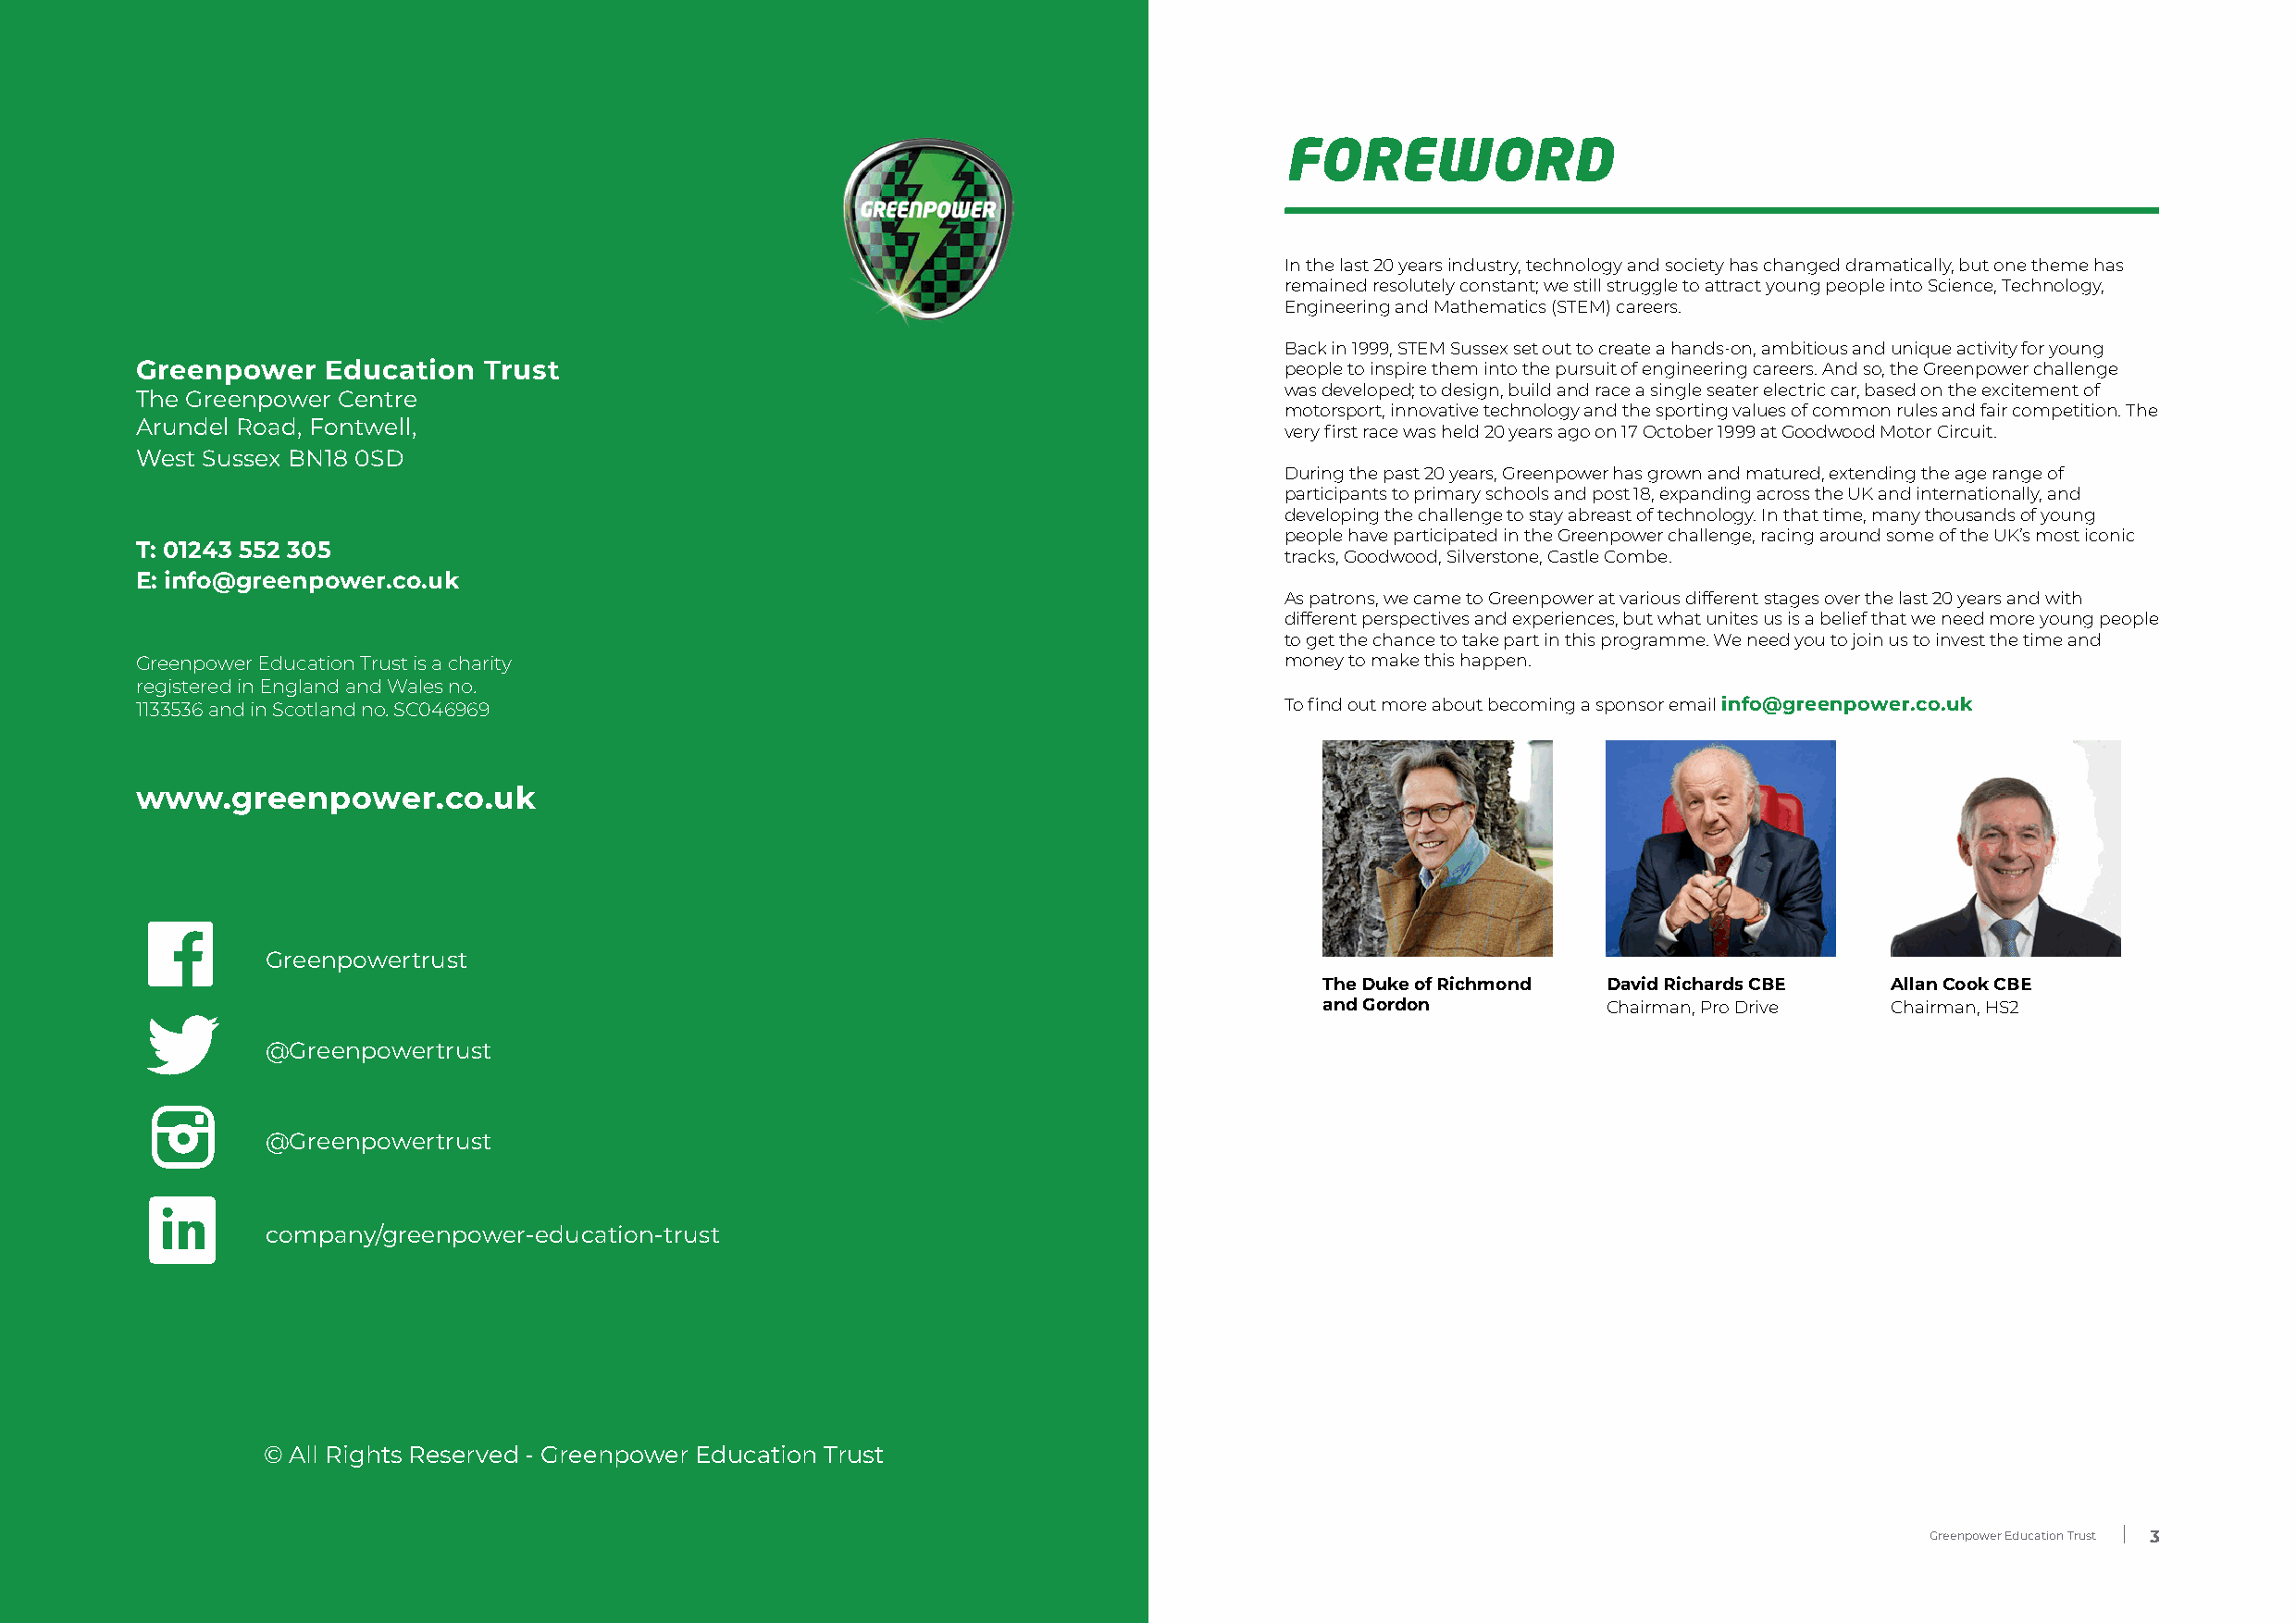
FOREWORD
 In the last 20 years industry, technology and society has changed dramatically, but one theme has
 remained resolutely constant; we still struggle to attract young people into Science, Technology,
 Engineering and Mathematics (STEM) careers.
 Back in 1999, STEM Sussex set out to create a hands-on, ambitious and unique activity for young
 Greenpower   Education   Trust                                                    people to inspire them into the pursuit of engineering careers. And so, the Greenpower challenge
 was developed; to design, build and race a single seater electric car, based on the excitement of
 The Greenpower Centre
 motorsport, innovative technology and the sporting values of common rules and fair competition. The
 Arundel Road, Fontwell,
 very first race was held 20 years ago on 17 October 1999 at Goodwood Motor Circuit.
 West Sussex BN18 0SD
 During the past 20 years, Greenpower has grown and matured, extending the age range of
 participants to primary schools and post 18, expanding across the UK and internationally, and
 developing the challenge to stay abreast of technology. In that time, many thousands of young
 people have participated in the Greenpower challenge, racing around some of the UK’s most iconic
 T: 01243 552 305
 tracks, Goodwood, Silverstone, Castle Combe.
 E: info@greenpower.co.uk
 As patrons, we came to Greenpower at various different stages over the last 20 years and with
 different perspectives and experiences, but what unites us is a belief that we need more young people
 to get the chance to take part in this programme. We need you to join us to invest the time and
 Greenpower Education Trust is a charity                                           money to make this happen.
 registered in England and Wales no.
 1133536 and in Scotland no. SC046969                                              To find out more about becoming a sponsor email info@greenpower.co.uk
 www.greenpower.co.uk
 Greenpowertrust
 The Duke of Richmond David Richards CBE Allan Cook CBE
 and Gordon          Chairman, Pro Drive Chairman, HS2
 @Greenpowertrust
 @Greenpowertrust
 company/greenpower-education-trust
 © All Rights Reserved - Greenpower Education Trust
 Greenpower Education Trust 2                                                      Greenpower Education Trust 3